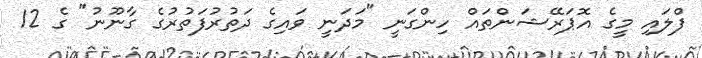
ފްލައި މީގެ އޮޕަރޭޝަންތައް ހިންގަނީ "މަދަނީ ވައިގެ ދަތުރުފަތުރުގެ ގާނޫނު" ގެ 12